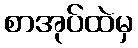
စာအုပ်ထဲမှ